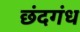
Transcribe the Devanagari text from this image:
छंदगंध